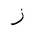
Letter: _zay